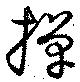
撣